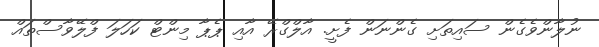
ނުލާންވެގެން ސައިތަށި ގެންނަން ފެށީ. އާލްގްރޭ އާއި ޕެޕާ މިންޓް ކަހަލަ ފްލޭވާސްތައް